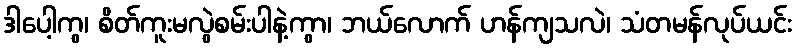
ဒါပေါ့ကွ၊ စိတ်ကူးမလွဲစမ်းပါနဲ့ကွာ၊ ဘယ်လောက် ဟန်ကျသလဲ၊ သံတမန်လုပ်ယင်း